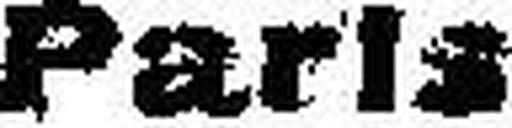
Paris